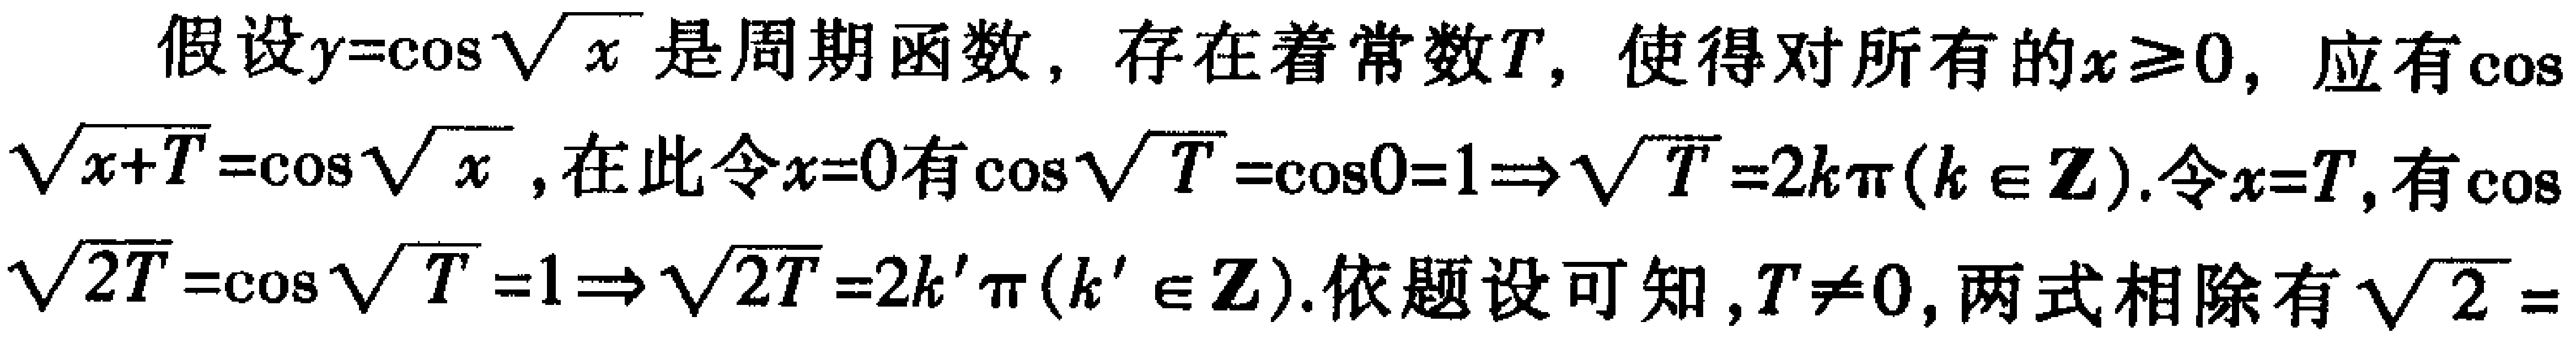
假设\(y = \cos\sqrt{x}\)是周期函数，存在着常数\(T\)，使得对所有的\(x\geq0\)，应有\(\cos\sqrt{x + T}=\cos\sqrt{x}\)，在此令\(x = 0\)有\(\cos\sqrt{T}=\cos0 = 1\Rightarrow\sqrt{T}=2k\pi(k\in\mathbb{Z})\)。令\(x = T\)，有\(\cos\sqrt{2T}=\cos\sqrt{T}=1\Rightarrow\sqrt{2T}=2k'\pi(k'\in\mathbb{Z})\)。依题设可知，\(T\neq0\)，两式相除有\(\sqrt{2} =\)